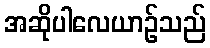
အဆိုပါလေယာဉ်သည်